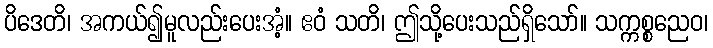
ပိဒေတိ၊ အကယ်၍မူလည်းပေးအံ့။ ဧဝံ သတိ၊ ဤသို့ပေးသည်ရှိသော်။ သက္ကစ္စညေဝ၊